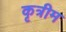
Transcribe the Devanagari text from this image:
कृत्रीम